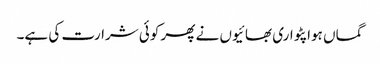
گماں ہوا پٹواری بھائیوں نے پھر کوئی شرارت کی ہے۔